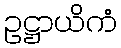
ဥဋ္ဌာယိကံ